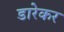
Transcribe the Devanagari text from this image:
डारेकर